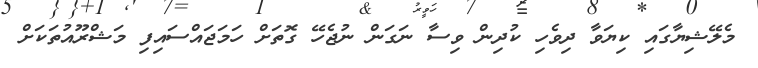
މެލޭޝިޔާގައި ކިޔަވާ ދިވެހި ކުދިން ވިސާ ނަގަން ނުޖެހޭ ގޮތަށް ހަމަޖައްސައިފި މަޝްރޫއުތަކަށް